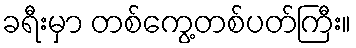
ခရီးမှာ တစ်ကွေ့တစ်ပတ်ကြီး။